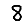
Digit: 8